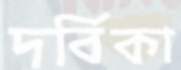
দর্বিকা